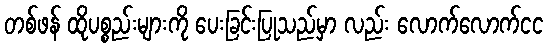
တစ်ဖန် ထိုပစ္စည်းများကို ပေးခြင်းပြုသည်မှာ လည်း လောက်လောက်ငင